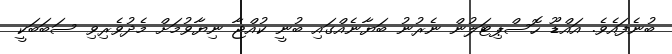
ބުނެފައެވެ. އައްޑޫ ހޮސްޕިޓަލުން ނެރުނު ބަޔާނެއްގައި ބުނީ ކުއްޖާ ނިޔާވުމަށް މެދުވެރިވި ސަބަބަކީ